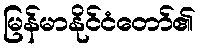
မြန်မာနိုင်ငံတော်၏